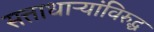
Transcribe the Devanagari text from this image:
सत्ताधाऱ्यांविरुद्ध